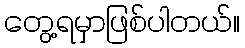
တွေ့ရမှာဖြစ်ပါတယ်။